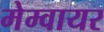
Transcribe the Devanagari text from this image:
मेम्वायर